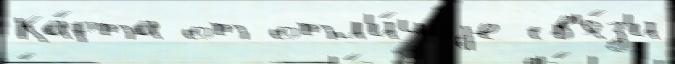
Ка́рта от отл'и́чиjе св'я́з'и